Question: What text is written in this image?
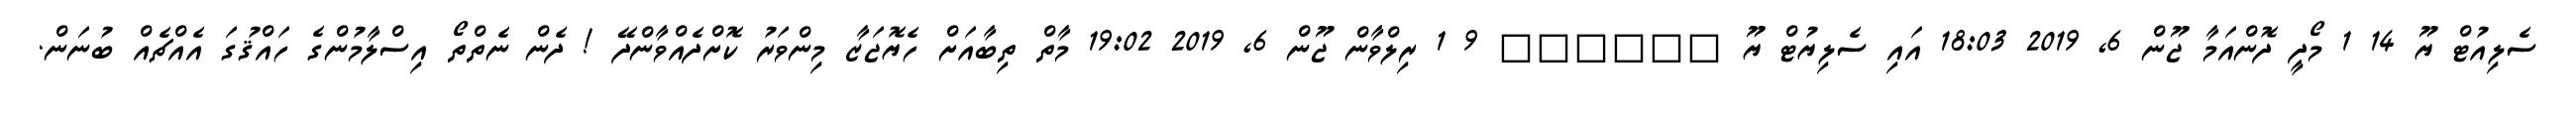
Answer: ސެލިއުޓް ޔޫ 14 1 މޯދީ ދޮންއަމާ ޖޫން 6, 2019 18:03 އައި ސެލިޔުޓް ޔޫ ?????? 9 1 ރިލްވާން ޖޫން 6, 2019 19:02 މާތް ތިބާއަށް ހެޔޮޖަޒާ މިންވަރު ކޮށްދެއްވާންދޭ ! ދެން ނެތްތޯ އިސްލާމުންގެ ހައްޤުގަ އެއްޗެއް ބުނަން.